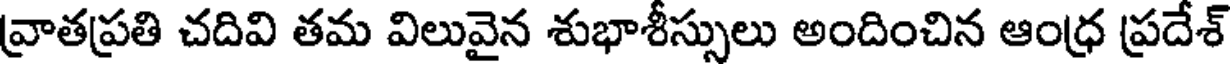
వ్రాతప్రతి చదివి తమ విలువైన శుభాశీస్సులు అందించిన ఆంధ్ర ప్రదేశ్